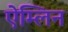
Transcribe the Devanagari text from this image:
ऐम्लिन